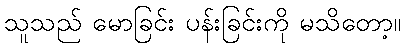
သူသည် မောခြင်း ပန်းခြင်းကို မသိတော့။